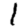
Digit: 1